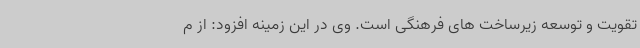
تقویت و توسعه زیرساخت های فرهنگی است. وی در این زمینه افزود: از م